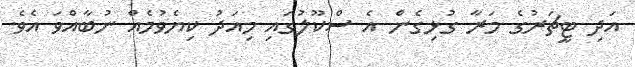
އަދި ޓީޗަރުގެ މަރާ ގުޅިގެން އެ ސްކޫލުގައި މިއަދު ކިޔެވުމެއް ނުބާއްވަ އެވެ.